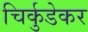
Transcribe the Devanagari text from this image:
चिर्कुडेकर